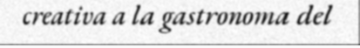
creativa a la gastronoma del